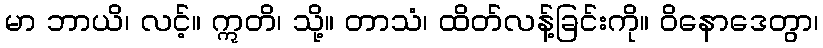
မာ ဘာယိ၊ လင့်။ ဣတိ၊ သို့။ တာသံ၊ ထိတ်လန့်ခြင်းကို။ ဝိနောဒေတွာ၊